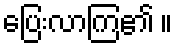
ပြေးလာကြ၏ ။